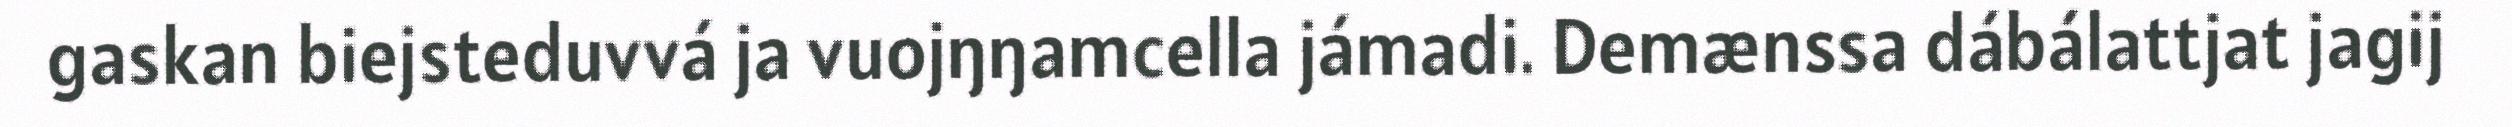
gaskan biejsteduvvá ja vuojŋŋamcella jámadi. Demænssa dábálattjat jagij